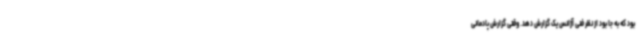
بود که به جا بود از نظر فنی آژانس یک گزارش دهد. وقتی گزارش پادمانی